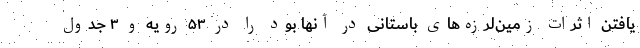
یافتن اٍثرات زمین‌لرزه‌های باستانی در آنها بود را در ۵۳ رویه و ۳ جدول